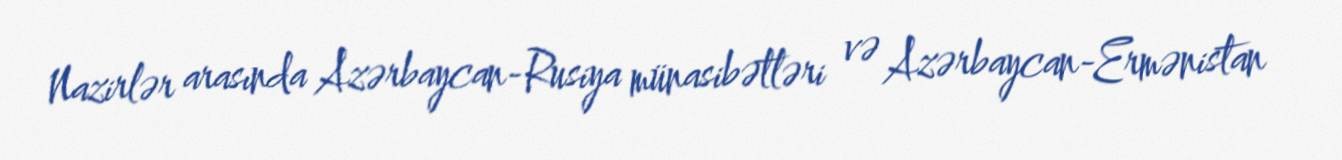
Nazirlər arasında Azərbaycan-Rusiya münasibətləri və Azərbaycan-Ermənistan